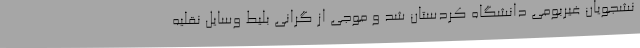
نشجویان غیربومی دانشگاه کردستان شد و موجی از گرانی بلیط وسایل نقلیه